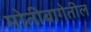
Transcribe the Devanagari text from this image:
मोतीबागेतील